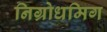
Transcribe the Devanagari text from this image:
निग्रोधमिग